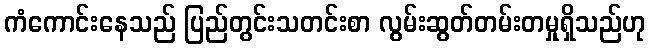
ကံကောင်းနေသည် ပြည်တွင်းသတင်းစာ လွမ်းဆွတ်တမ်းတမှုရှိသည်ဟု